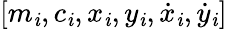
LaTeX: [m_{\mathit{i}},c_{\mathit{i}},x_{\mathit{i}},y_{\mathit{i}},\dot{{x}}_{\mathit{i}},\dot{{y}}_{\mathit{i}}]